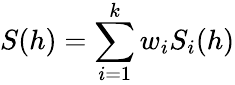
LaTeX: S(h)=\sum_{i=1}^{k}w_{i}S_{i}(h)